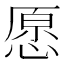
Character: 愿